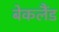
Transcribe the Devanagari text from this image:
बेकलैंड